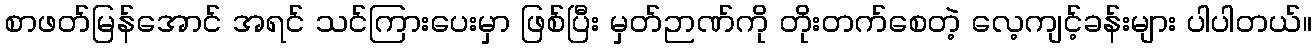
စာဖတ်မြန်အောင် အရင် သင်ကြားပေးမှာ ဖြစ်ပြီး မှတ်ဉာဏ်ကို တိုးတက်စေတဲ့ လေ့ကျင့်ခန်းများ ပါပါတယ်။